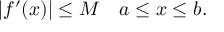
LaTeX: | f ^ { \prime } ( x ) | \leq M \quad a \leq x \leq b .